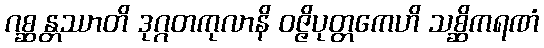
ဂစ္ဆန္တဿာတိ ဒုဂ္ဂတကုလာနိ ဝဇ္ဇိပုတ္တကေဟိ သစ္ဆိကရဏံ